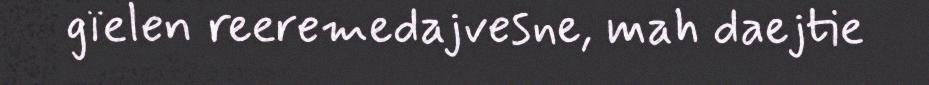
gïelen reeremedajvesne, mah daejtie